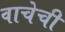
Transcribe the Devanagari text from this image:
वाचेची